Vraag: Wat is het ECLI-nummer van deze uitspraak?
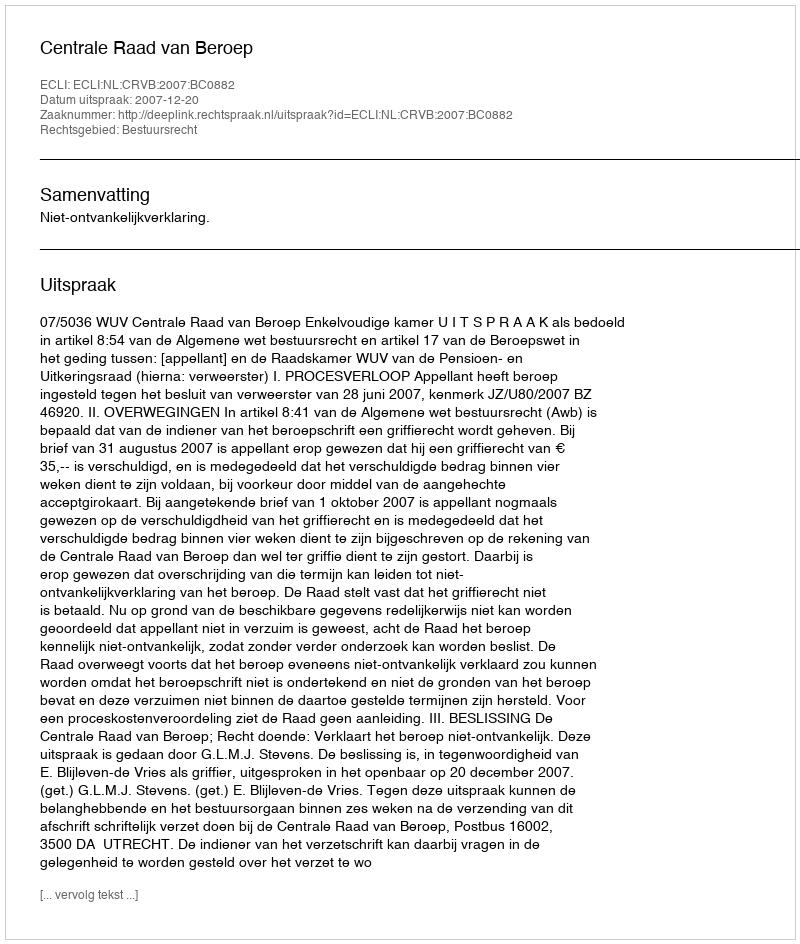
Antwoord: ECLI:NL:CRVB:2007:BC0882